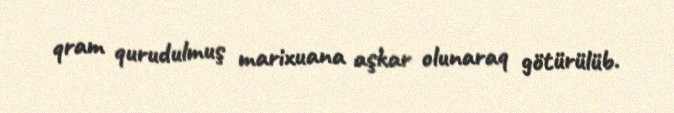
qram qurudulmuş marixuana aşkar olunaraq götürülüb.